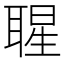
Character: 𦖤